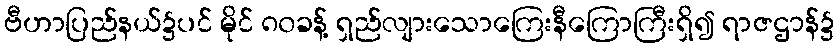
ဗီဟာပြည်နယ်၌ပင် မိုင် ၈၀ခန့် ရှည်လျားသောကြေးနီကြောကြီးရှိ၍ ရာဇဌာန်၌